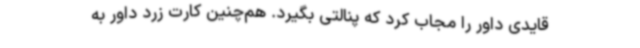
قایدی داور را مجاب کرد که پنالتی بگیرد. هم‌چنین کارت زرد داور به